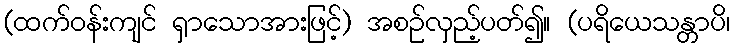
(ထက်ဝန်းကျင် ရှာသောအားဖြင့်) အစဉ်လှည့်ပတ်၍။ (ပရိယေသန္တာပိ၊